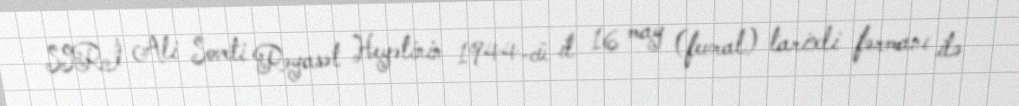
SSRİ Ali Soveti Rəyasət Heyətinin 1944-cü il 16 may (fevral) tarixli fərmanı ilə